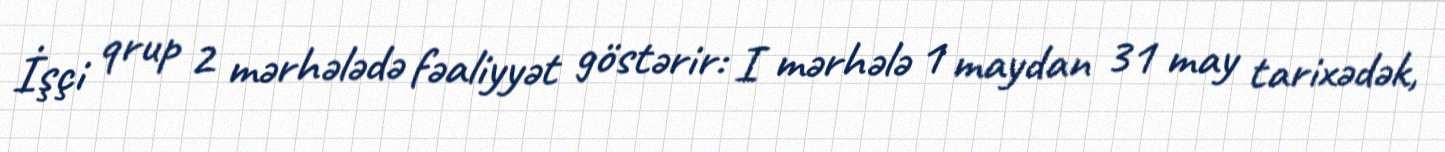
İşçi qrup 2 mərhələdə fəaliyyət göstərir: I mərhələ 1 maydan 31 may tarixədək,